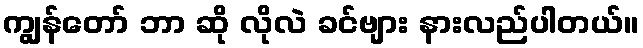
ကျွန်တော် ဘာ ဆို လိုလဲ ခင်ဗျား နားလည်ပါတယ်။